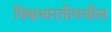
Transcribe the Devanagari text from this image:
विश्वभारतीमधील